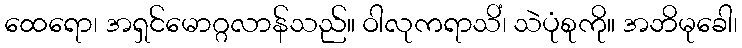
ထေရော၊ အရှင်မောဂ္ဂလာန်သည်။ ဝါလုကရာသိံ၊ သဲပုံစုကို။ အဘိမုခေါ၊